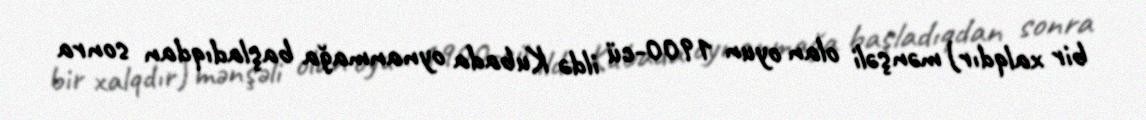
bir xalqdır) mənşəli olan oyun 1900-cü ildə Kubada oynanmağa başladıqdan sonra